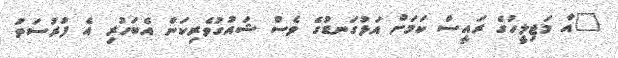
"އާ މަޖިލީހުގެ ރައީސް ކަމަށް އަޅުގަނޑުގެ ވެސް ޝައުގުވެރިކަން އެބަހުރި އެ ފުރުސަތު